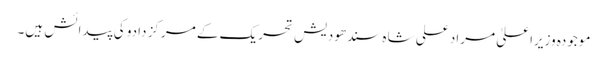
موجودہ وزیراعلیٰ مراد علی شاہ سندھودیش تحریک کے مرکز دادو کی پیدائش ہیں۔